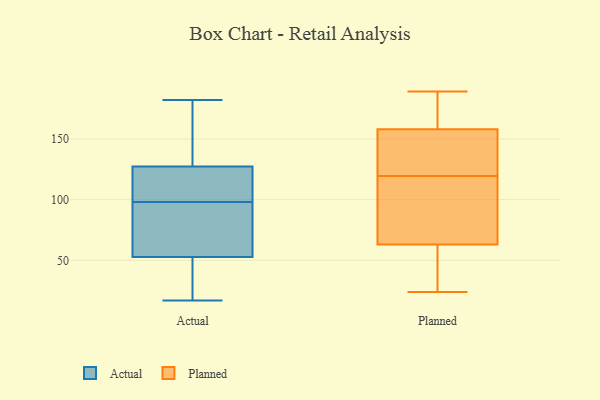
{"axis": {"x": "Shipments", "y": "Value"}, "legend": ["Actual", "Planned"], "data": [{"x": "", "y": 140, "type": "Actual"}, {"x": "", "y": 58, "type": "Actual"}, {"x": "", "y": 66, "type": "Actual"}, {"x": "", "y": 165, "type": "Actual"}, {"x": "", "y": 132, "type": "Actual"}, {"x": "", "y": 34, "type": "Actual"}, {"x": "", "y": 51, "type": "Actual"}, {"x": "", "y": 113, "type": "Actual"}, {"x": "", "y": 102, "type": "Actual"}, {"x": "", "y": 17, "type": "Actual"}, {"x": "", "y": 94, "type": "Actual"}, {"x": "", "y": 98, "type": "Actual"}, {"x": "", "y": 24, "type": "Actual"}, {"x": "", "y": 182, "type": "Actual"}, {"x": "", "y": 106, "type": "Actual"}, {"x": "", "y": 158, "type": "Planned"}, {"x": "", "y": 49, "type": "Planned"}, {"x": "", "y": 121, "type": "Planned"}, {"x": "", "y": 137, "type": "Planned"}, {"x": "", "y": 118, "type": "Planned"}, {"x": "", "y": 79, "type": "Planned"}, {"x": "", "y": 63, "type": "Planned"}, {"x": "", "y": 189, "type": "Planned"}, {"x": "", "y": 110, "type": "Planned"}, {"x": "", "y": 164, "type": "Planned"}, {"x": "", "y": 24, "type": "Planned"}, {"x": "", "y": 158, "type": "Planned"}, {"x": "", "y": 136, "type": "Planned"}, {"x": "", "y": 50, "type": "Planned"}]}